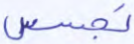
تجسس